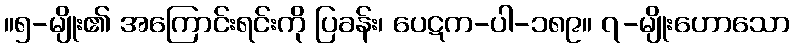
။၅-မျိုး၏ အကြောင်းရင်းကို ပြခန်း၊ ပေဋက-ပါ-၁၈၉။ ၇-မျိုးဟောသော